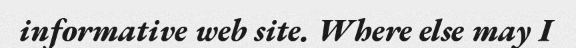
informative web site. Where else may I